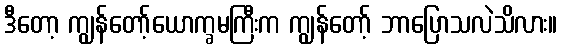
ဒီတော့ ကျွန်တော့်ယောက္ခမကြီးက ကျွန်တော့် ဘာပြောသလဲသိလား။